Civil Veterinary Department. United Provinces 1932-42 - 1932-1942
Year: 1932
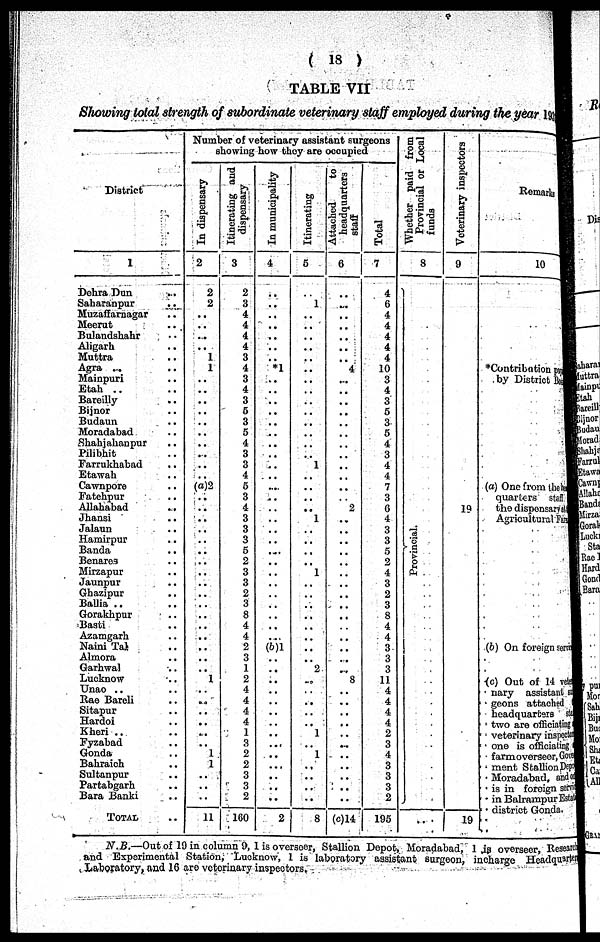
( 13 )
TABLE VII
Showing total strength of subordinate veterinary staff employed during the year 19
District
1
Dehra Dun ..
Saharanpur ..
Muzaffarnagar ..
Meerut ..
Bulandshahr ..
Aligarh ..
Muttra ..
Agra ...
Mainpuri ..
Etah .. ..
Bareilly ..
Bijnor ..
Budaun ..
Moradabad ..
Shahjahanpur ..
Pilibhit ..
Farrukhabad ..
Etawah ..
Cawnpore ..
Fatehpur ..
Allahabad
Jhansi ..
Jalaun ..
Hamirpur ..
Banda ..
Benares ..
Mirzapur ..
Jaunpur ..
Ghazipur ..
Ballia ..
Gorakhpur ..
Basti
Azamgarh ..
Naini Tal ..
Almora ..
Garhwal ..
Lucknow
Unao ..
Rae Bareli ..
Sitapur ..
Hardoi
Kheri .. ..
Fyzabad ..
Gonda
Bahraich
Sultanpur ..
Partabgarh ..
Bara Banki ..
TOTAL ...
Number of veterinary assistant surgeons
showing how they are occupied
In dispensary
2
2
2
..
..
...
..
1
1
..
..
..
..
..
..
..
..
..
..
(a)2
..
..
..
..
..
..
..
..
..
..
..
..
.. ..
..
..
..
1
..
..
..
..
..
..
1
1
..
..
..
11
Itinerating and
dispensary
3
2
3
4
4
4
4
3
4
3
4
3
5
3
5
4
3
3
4
5
3
4
3
3
3
5
2
3
3
2
3
8
4
4
2
3
1
2
4
4
4
4
1
3
2
2
3
3
2
100
In municipality
4
..
..
..
..
..
..
..
*1
..
..
..
..
..
..
..
..
..
..
..
..
..
..
..
..
..
..
..
..
..
..
..
..
..
(b)1
..
..
..
..
..
..
..
..
..
..
..
..
..
..
2
Itinerating
5
..
1
..
..
..
..
..
..
..
..
..
..
..
..
..
..
1
..
..
..
..
1
..
..
..
..
1
..
..
..
..
.. ..
..
..
2
..
..
..
..
..
1
..
1
..
..
..
..
8
Attached
to
headquarters
staff
6
..
....
..
..
..
..
..
4
...
..
..
..
..
..
..
..
..
..
2
..
..
..
..
..
..
..
..
...
8
..
...
..
..
..
..
(c)14
Total
7
4
6
4
4
4
4
4
10
3
4
3
5
3
5
4
3
4
4
7
3
6
4
3
3
5
2
4
3
2
3
8
4
4
3
3
3
11
4
4
4
4
2
3
4
3
3
3
2
195
Whether paid from
Provincial or Local
funds
8
Pr ovi nci al .
I
..
Veterinary inspectors
9
19
19
Remark
10
*Contribution pay
by District Board
(a) One from the
quarters staff
the dispensaries
Agricultural Fees
(6) On foreign service
(c) Out of 14 veteri-
nary assistant ser-
geons attached the
headquarters state
two are officiating
veterinary inspected
one is officiating to
farmoverseor, Govern-
ment Stallion Depot
Moradabad, and
is in foreign service
in Balrampur Estate
district Gonda.
N.B.—Out of 19 in column 9, 1 is overscer, Stallion Depot, Moradabad, 1 is overseer, Research
and Experimental Station, Lucknow, 1 is laboratory assistant surgeon, incharge Headquarter
Laboratory, and 16 are veterinary inspectors.